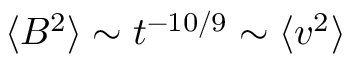
\langle B ^ { 2 } \rangle \sim t ^ { - 1 0 / 9 } \sim \langle v ^ { 2 } \rangle